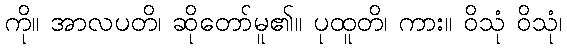
ကို။ အာလပတိ၊ ဆိုတော်မူ၏။ ပုထူတိ၊ ကား။ ဝိသုံ ဝိသုံ၊